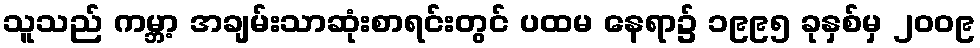
သူသည် ကမ္ဘာ့ အချမ်းသာဆုံးစာရင်းတွင် ပထမ နေရာ၌ ၁၉၉၅ ခုနှစ်မှ ၂၀၀၉